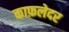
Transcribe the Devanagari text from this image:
काफ़लेदर